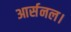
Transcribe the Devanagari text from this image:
आर्सनल।